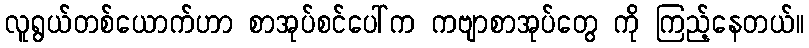
လူရွယ်တစ်ယောက်ဟာ စာအုပ်စင်ပေါ်က ကဗျာစာအုပ်တွေ ကို ကြည့်နေတယ်။